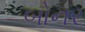
બોનર